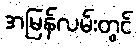
အမြန်လမ်းတွင်